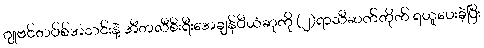
ဂျုဗင်တပ်စ်အသင်းနဲ့ အီတလီစီးရီးအေချန်ပီယံဆုကို (၂)ရာသီဆက်တိုက် ရယူပေးခဲ့ပြီး